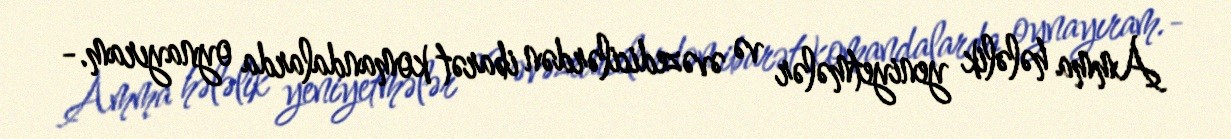
Amma hələlik yeniyetmələr və əvəzedicilərdən ibarət komandalarda oynayıram.-